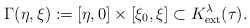
\begin{align*}\Gamma(\eta,\xi):=[\eta,0]\times[\xi_0,\xi]\subset K^{\lambda}_{{\rm ext}}(\tau).\end{align*}